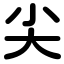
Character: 尖